Lunatic asylums Punjab 1881-1894 - 1881-1894
Year: 1881
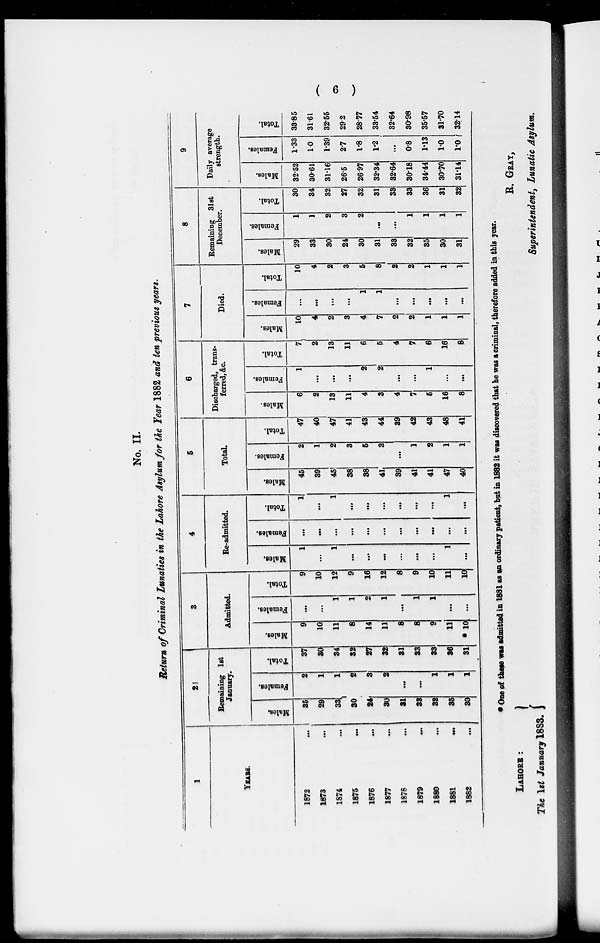
( 6 )
No. II.
Return of Criminal Lunatics in the Lahore Asylum for the Year 1882 and ten previous years.
1
YEARS.
1872 ...
1873 ...
1874 ...
1875 ...
1876 ...
1877 ...
1876 ...
1879 ...
1880 ...
1881
...
1882 ...
2
Remaining 1st
January.
Males.
35
29
33
30
24
30
31
33
32
35
30
Females.
2
1
1
2
3
2
...
...
1
1
1
Total.
37
30
34
32
27
32
31
33
33
36
31
3
Admitted.
Males.
9
10
11
8
14
11
8
8
9
11
* 10
Females.
...
...
1
1
2
1
...
1
1
...
...
Total.
9
10
12
9
16
12
8
9
10
11
10
4
Re-admitted.
Males.
1
...
1
...
...
...
...
...
...
1
...
Females.
...
...
...
...
...
...
...
...
...
...
...
Total.
1
...
1
...
...
...
...
...
...
1
...
5
Total.
Males.
45
39
45
38
38
41
39
41
41
47
40
Females.
2
1
2
3
5
3
...
1
2
1
1
Total.
47
40
47
41
43
44
39
42
43
48
41
6
Discharged, trans-
ferred, &c.
Males.
6
2
13
11
4
3
4
7
6
16
8
Females.
1
...
...
...
2
2
...
...
1
...
...
Total.
7
2
13
11
6
6
4
7
6
16
8
7
Died.
Males.
10
4
2
3
4
7
2
2
1
1
1
Females.
...
...
...
...
1
1
...
...
...
...
...
Total.
10
4
2
3
5
8
2
2
1
1
1
8
Remaining 31st
December.
Males.
29
33
30
24
30
31
33
32
35
30
31
Females.
1
1
2
3
2
...
...
1
1
1
1
Total.
30
34
32
27
32
31
33
33
36
31
32
9
Daily average
strength.
Males.
32.52
30.61
31.16
26.5
26.97
32.34
32.64
30.18
34.44
30.70
31.14
Females.
1.33
1.0
1.39
2.7
1.8
1.2
...
0.8
1.13
1.0
1.0
Total.
33.85
31.61
32.56
29.2
28.77
33.54
32.64
30.98
35.57
31.70
32.14
* One of these was admitted in 1881 as an ordinary patient, but in 1882 it was discovered that he was a criminal, therefore added in this year.
Lahore :
The 1st January 1883.
R. GRAY,
Superintendent, Lunatic Asylum.